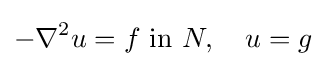
-\nabla ^{2}u=f{\text{ in }}N,\quad u=g